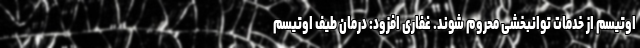
اوتیسم از خدمات توانبخشی محروم شوند. غفاری افزود: درمان طیف اوتیسم